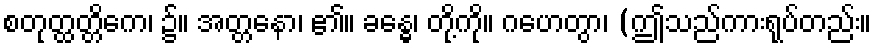
စတုတ္ထတ္တိကေ၊ ၌။ အတ္တနော၊ ၏။ ခန္ဓေ၊ တို့ကို။ ဂဟေတွာ၊ (ဤသည်ကားရုပ်တည်း။